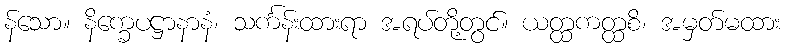
န်သော။ နိက္ခေပဋ္ဌာနာနံ၊ သင်္ကန်းထားရာ အရပ်တို့တွင်။ ယတ္ထကတ္ထစိ၊ အမှတ်မထား